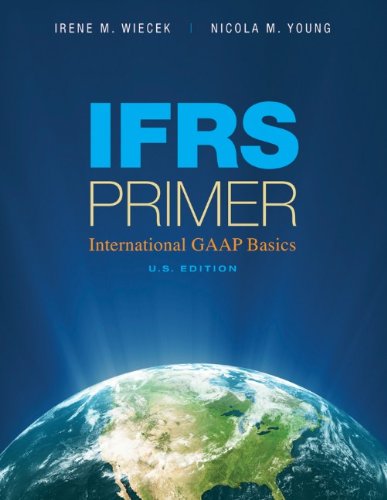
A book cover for IFRS Primer International GAAP Basics; Irene M. Wiecek; Business & Money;